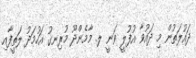
ދައުލަތުން މި ދައުވާ އުފުލީ ވަނީ ލ. މާމެންދޫ މުރިނގު އަހުމަދު ލަތީފާއި